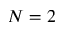
N = 2